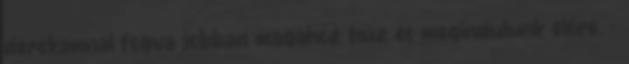
derekamnál fogva jobban magához húz és megindulunk előre. -